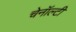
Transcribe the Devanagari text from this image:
चेनॉल्टी